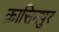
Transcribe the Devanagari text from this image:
क़ासिमपुर